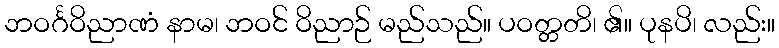
ဘဝင်္ဂဝိညာဏံ နာမ၊ ဘဝင် ဝိညာဉ် မည်သည်။ ပဝတ္တတိ၊ ၏။ ပုနပိ၊ လည်း။